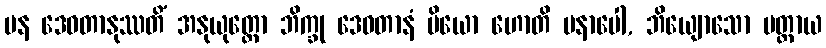
ပန ဒေဝတာနုဿတိံ အနုယုတ္တော ဘိက္ခု ဒေဝတာနံ ပိယော ဟောတိ မနာပေါ, ဘိယျောသော မတ္တာယ